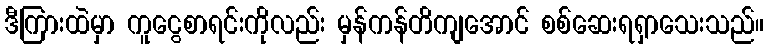
ဒီကြားထဲမှာ ကူငွေစာရင်းကိုလည်း မှန်ကန်တိကျအောင် စစ်ဆေးရရှာသေးသည်။